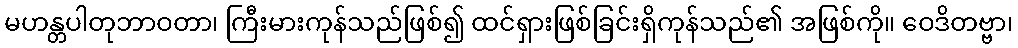
မဟန္တပါတုဘာဝတာ၊ ကြီးမားကုန်သည်ဖြစ်၍ ထင်ရှားဖြစ်ခြင်းရှိကုန်သည်၏ အဖြစ်ကို။ ဝေဒိတဗ္ဗာ၊